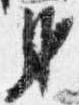
身